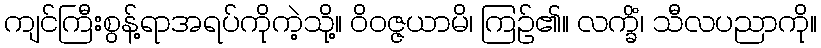
ကျင်ကြီးစွန့်ရာအရပ်ကိုကဲ့သို့။ ဝိဝဇ္ဇယာမိ၊ ကြဉ်၏။ လက္ခိံ၊ သီလပညာကို။